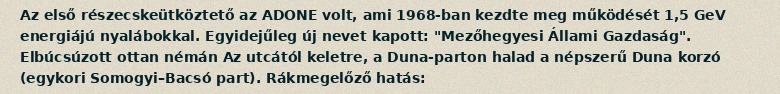
Az első részecskeütköztető az ADONE volt, ami 1968-ban kezdte meg működését 1,5 GeV energiájú nyalábokkal. Egyidejűleg új nevet kapott: "Mezőhegyesi Állami Gazdaság". Elbúcsúzott ottan némán Az utcától keletre, a Duna-parton halad a népszerű Duna korzó (egykori Somogyi–Bacsó part). Rákmegelőző hatás: